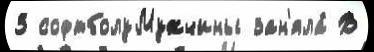
3 софтболуМужчины зан'яла́ В